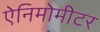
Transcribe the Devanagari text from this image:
ऐनिमोमीटर